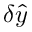
\delta \hat { y }